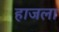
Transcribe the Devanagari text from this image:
हाजला